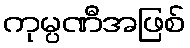
ကုမ္ပဏီအဖြစ်